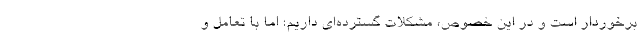
برخوردار است و در این خصوص، مشکلات گسترده‌ای داریم؛ اما با تعامل و